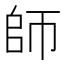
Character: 師